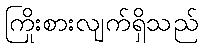
ကြိုးစားလျက်ရှိသည်